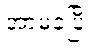
အာမခံပြီး